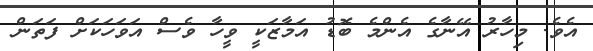
އެވެ. މިހާރު އޭނާގެ އެންމެ ބޮޑު އަމާޒަކީ ވީހާ ވެސް އަވަހަކަށް ފަތަން